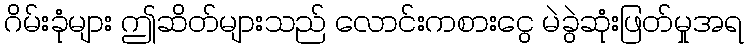
ဂိမ်းခုံများ ဤဆိတ်များသည် လောင်းကစားငွေ မဲခွဲဆုံးဖြတ်မှုအရ